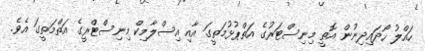
ހައްލު ހޯދައިދިނުން އޮތީ މިނިސްޓަރުގެ އަތްޕުޅުމަތީގަ އާއި އިސްލާމިކް މިނިސްޓްރީގެ އަތްމަތީގަ އެވެ.